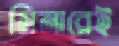
মিনারেই